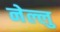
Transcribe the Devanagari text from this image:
नेल्लु